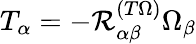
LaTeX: T_{\alpha}=-{\mathcal{R}}_{\alpha\beta}^{(T\Omega)}\Omega_{\beta}